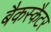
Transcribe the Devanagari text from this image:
बैकस्कैटर